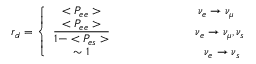
r _ { d } = { \displaystyle \left\{ \begin{array} { c c } { { < P _ { e e } > } } & { { ~ ~ ~ ~ ~ ~ ~ ~ ~ ~ ~ ~ ~ ~ ~ ~ \nu _ { e } \rightarrow \nu _ { \mu } } } \\ { { \displaystyle { { \frac { < { P } _ { e e } > } { 1 - < { P } _ { e s } > } } } } } & { { ~ ~ ~ ~ ~ ~ ~ ~ ~ ~ ~ ~ ~ ~ ~ ~ ~ ~ \nu _ { e } \rightarrow \nu _ { \mu } , \nu _ { s } } } \\ { { \sim 1 } } & { { ~ ~ ~ ~ ~ ~ ~ ~ ~ ~ ~ ~ ~ ~ ~ ~ ~ ~ ~ \nu _ { e } \rightarrow \nu _ { s } } } \end{array} \right. }